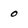
Character: 0